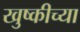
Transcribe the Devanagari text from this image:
खुष्कीच्या